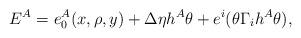
LaTeX: \begin{align*}E^A=e^A_0(x,\rho,y)+\Delta\eta h^A\theta+e^i(\theta\Gamma_i h^A\theta),\end{align*}